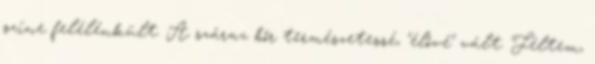
színe felélénkült. A száraz bőr természetessé, "élővé" vált. Féltem,